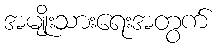
အမျိုးသားရေးအတွက်